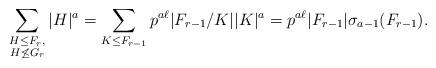
LaTeX: \begin{align*} \sum_{\substack{H\leq F_r,\\ H\not\leq G_r}} |H|^a = \sum_{\substack{K\leq F_{r-1}}} p^{a\ell}|F_{r-1}/K||K|^a =p^{a\ell}|F_{r-1}|\sigma_{a-1}(F_{r-1}).\end{align*}